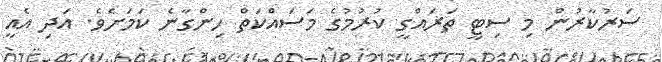
ސަރުކާރުން މި ސިޓީ ތަރައްގީ ކުރުމުގެ މަސައްކަތް ހިންގާނެ ކަމަށެވެ. އަދި އެއީ